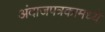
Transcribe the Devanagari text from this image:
अंदाजपत्रकामध्ये